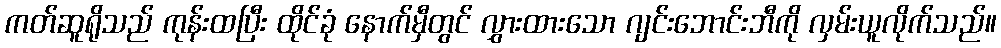
ကတ်ဆူရိုသည် ကုန်းထပြီး ထိုင်ခုံ နောက်မှီတွင် လွှားထားသော ဂျင်းဘောင်းဘီကို လှမ်းယူလိုက်သည်။